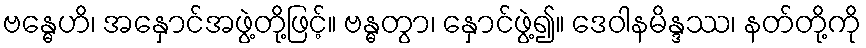
ဗန္ဓေဟိ၊ အနှောင်အဖွဲ့တို့ဖြင့်။ ဗန္ဓတွာ၊ နှောင်ဖွဲ့၍။ ဒေဝါနမိန္ဒဿ၊ နတ်တို့ကို